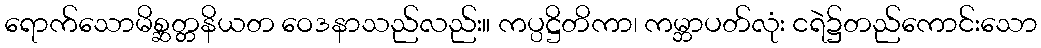
ရောက်သောမိစ္ဆတ္တနိယတ ဝေဒနာသည်လည်း။ ကပ္ပဋ္ဌိတိကာ၊ ကမ္ဘာပတ်လုံး ငရဲ၌တည်ကောင်းသော